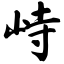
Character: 峙